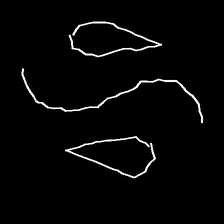
Glyph: water